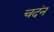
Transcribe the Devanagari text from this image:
चदंन